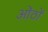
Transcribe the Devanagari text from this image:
ओंठों